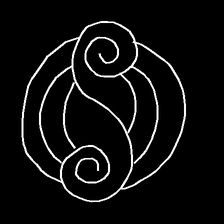
Glyph: wind-underfoot